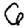
Digit: 6